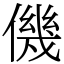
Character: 僟